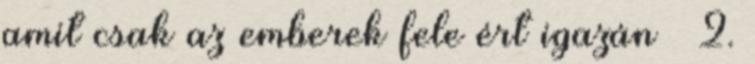
amit csak az emberek fele ért igazán – 2.